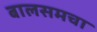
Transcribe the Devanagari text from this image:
बालसमचा